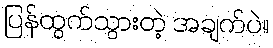
ပြန်ထွက်သွားတဲ့ အချက်ပဲ။